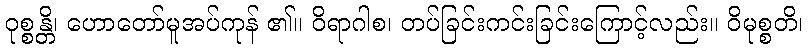
ဝုစ္စန္တိ၊ ဟောတော်မူအပ်ကုန် ၏။ ဝိရာဂါစ၊ တပ်ခြင်းကင်းခြင်းကြောင့်လည်း။ ဝိမုစ္စတိ၊